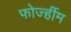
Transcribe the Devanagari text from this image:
फोर्ज्हीम